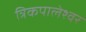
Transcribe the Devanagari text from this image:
त्रिकपालेश्वर